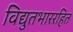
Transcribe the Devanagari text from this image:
विद्युतभाररहित